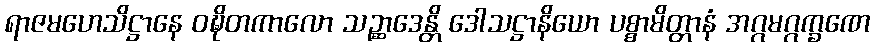
ရာဇမဟေသိဋ္ဌာနေ ဝဍ္ဎိတကာလော သဉ္ဆာဒေန္တိ ဒေါသဋ္ဌာနိယော ပစ္စာမိတ္တာနံ အဂ္ဂမဂ္ဂက္ခဏေ